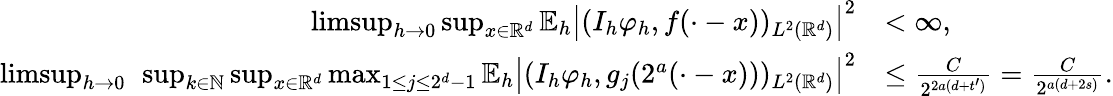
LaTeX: \begin{array}{rl}{\operatorname*{limsup}_{h\to 0}\operatorname*{sup}_{x\in\mathbb{R}^{d}}\mathbb{E}_{h}\left|(I_{h}\varphi_{h},f(\cdot-x))_{L^{2}(\mathbb{R}^{d})}\right|^{2}}&{<\infty,}\\ {\operatorname*{limsup}_{h\to 0}\ \operatorname*{sup}_{k\in\mathbb{N}}\operatorname*{sup}_{x\in\mathbb{R}^{d}}\operatorname*{max}_{1\le j\le 2^{d}-1}\mathbb{E}_{h}\left|(I_{h}\varphi_{h},g_{j}(2^{a}(\cdot-x)))_{L^{2}(\mathbb{R}^{d})}\right|^{2}}&{\le\frac{C}{2^{2a(d+t^{\prime})}}=\frac{C}{2^{a(d+2s)}}.}\end{array}